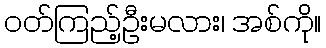
ဝတ်ကြည့်ဦးမလား၊ အစ်ကို။